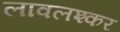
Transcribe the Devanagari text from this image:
लावलश्कर